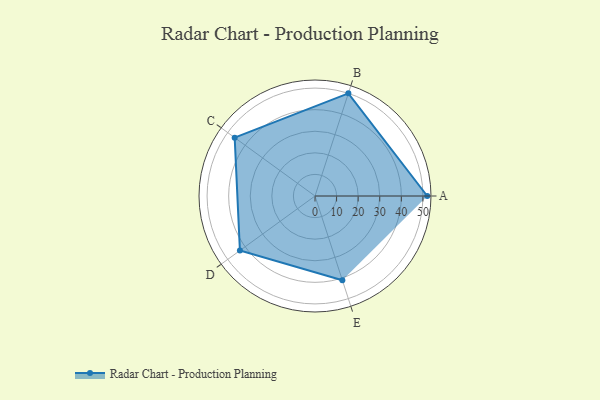
{"axis": {"x": "Skill", "y": "Score"}, "legend": ["Profile"], "data": [{"x": "A", "y": 52.0, "type": "Profile"}, {"x": "B", "y": 50.0, "type": "Profile"}, {"x": "C", "y": 46.0, "type": "Profile"}, {"x": "D", "y": 43.0, "type": "Profile"}, {"x": "E", "y": 41.0, "type": "Profile"}]}